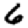
Digit: 6